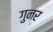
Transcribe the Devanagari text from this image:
गुनर